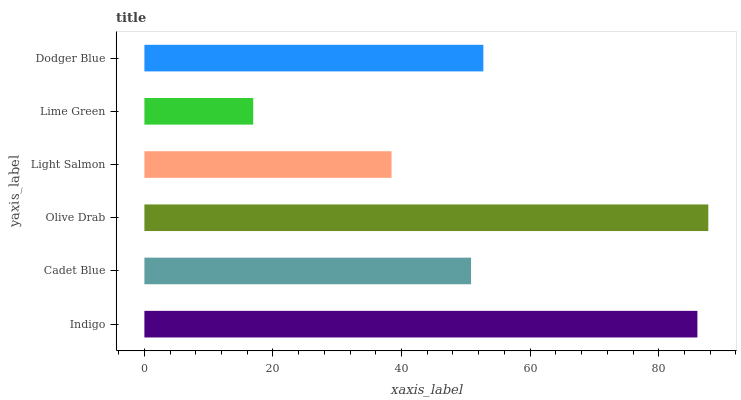
| yaxis_label | bars |
 | --- | --- |
 | Indigo | 86 |
 | Cadet Blue | 50.8 |
 | Olive Drab | 87.7 |
 | Light Salmon | 38.4 |
 | Lime Green | 16.9 |
 | Dodger Blue | 52.7 |